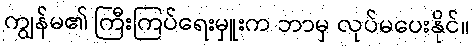
ကျွန်မ၏ ကြီးကြပ်ရေးမှူးက ဘာမှ လုပ်မပေးနိုင်။